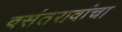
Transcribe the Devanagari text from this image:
वसंतरावांचा